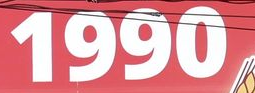
1990